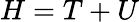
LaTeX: H=T+U